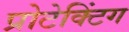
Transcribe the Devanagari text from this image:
प्रोटेक्टिंग